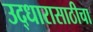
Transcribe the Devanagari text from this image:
उद्धारासाठीचा